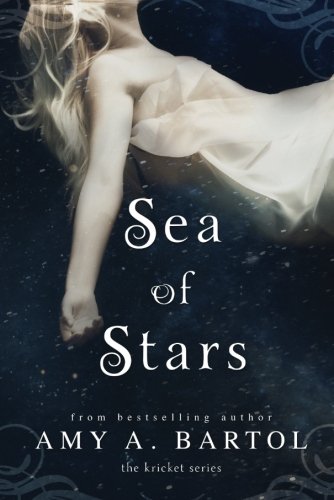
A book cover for Sea of Stars (The Kricket Series); Amy A. Bartol; Science Fiction & Fantasy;